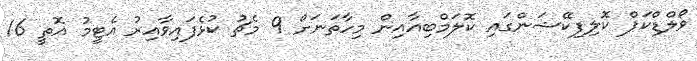
ވޯލްޑްކަޕް ކޮލިފިކޭޝަންގައި ކޮލަމްބިއާއިން މިހާތަނަށް 9 މެޗު ކުޅެފައިވާއިރު އެޓީމު އޮތީ 16